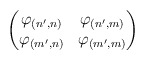
\begin{align*}\begin{pmatrix}\varphi_{(n',n)} & \varphi_{(n',m)}\\\varphi_{(m',n)} & \varphi_{(m',m)}\end{pmatrix}\end{align*}